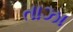
તાઝા